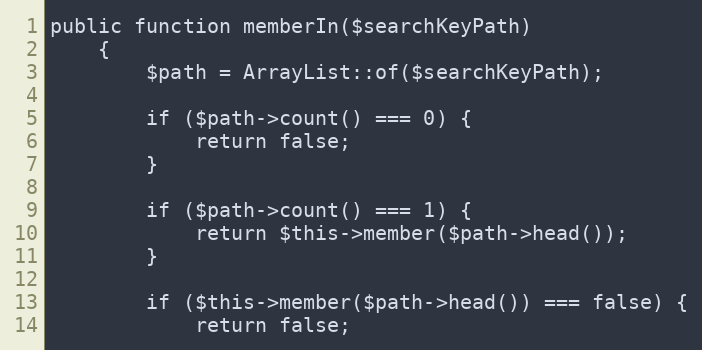
Language: PHP
public function memberIn($searchKeyPath)
    {
        $path = ArrayList::of($searchKeyPath);

        if ($path->count() === 0) {
            return false;
        }

        if ($path->count() === 1) {
            return $this->member($path->head());
        }

        if ($this->member($path->head()) === false) {
            return false;